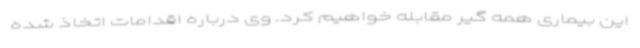
این بیماری همه گیر مقابله خواهیم کرد. وی درباره اقدامات اتخاذ شده